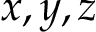
x , y , z